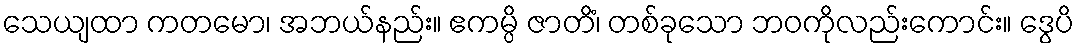
သေယျထာ ကတမော၊ အဘယ်နည်း။ ဧကမ္ပိ ဇာတိံ၊ တစ်ခုသော ဘဝကိုလည်းကောင်း။ ဒွေပိ